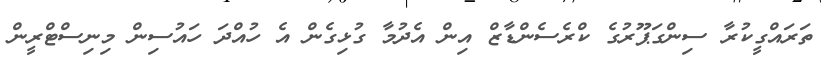
ތަރައްގީކުރާ ސިންގަޕޫރުގެ ކްރެސެންޑާޒް އިން އެދުމާ ގުޅިގެން އެ ހުއްދަ ހައުސިން މިނިސްޓްރީން